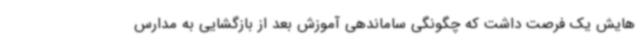
هایش یک فرصت داشت که چگونگی ساماندهی آموزش بعد از بازگشایی به مدارس